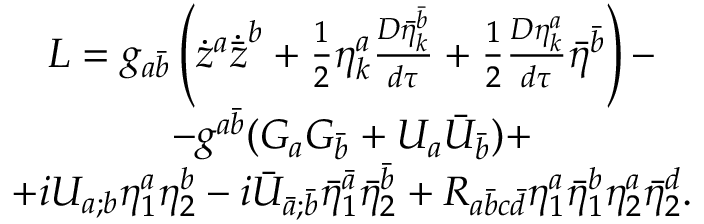
\begin{array} { c } { { { \cal L } = g _ { a { \bar { b } } } \left( { \dot { z } } ^ { a } { \dot { \bar { z } } } ^ { b } + \frac 1 2 \eta _ { k } ^ { a } \frac { D { \bar { \eta } } _ { k } ^ { \bar { b } } } { d \tau } + \frac 1 2 \frac { D \eta _ { k } ^ { a } } { d \tau } \bar { \eta } ^ { \bar { b } } \right) - } } \\ { { - g ^ { a { \bar { b } } } ( G _ { a } G _ { \bar { b } } + { U } _ { a } { \bar { U } } _ { \bar { b } } ) + } } \\ { { + i U _ { a ; b } \eta _ { 1 } ^ { a } \eta _ { 2 } ^ { b } - i { \bar { U } } _ { \bar { a } ; \bar { b } } { \bar { \eta } } _ { 1 } ^ { \bar { a } } { \bar { \eta } } _ { 2 } ^ { \bar { b } } + R _ { a \bar { b } c \bar { d } } \eta _ { 1 } ^ { a } \bar { \eta } _ { 1 } ^ { b } \eta _ { 2 } ^ { a } \bar { \eta } _ { 2 } ^ { d } . } } \end{array}